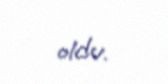
oldu.